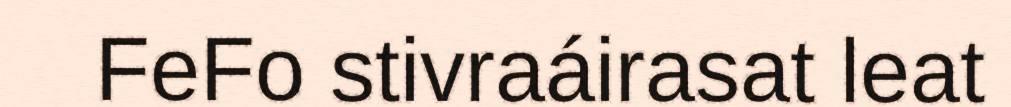
FeFo stivraáirasat leat